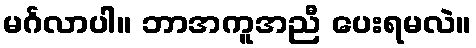
မင်္ဂလာပါ။ ဘာအကူအညီ ပေးရမလဲ။